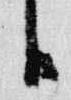
日